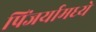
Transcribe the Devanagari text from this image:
पिंजर्यामध्ये